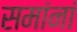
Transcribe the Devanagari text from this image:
समांनां